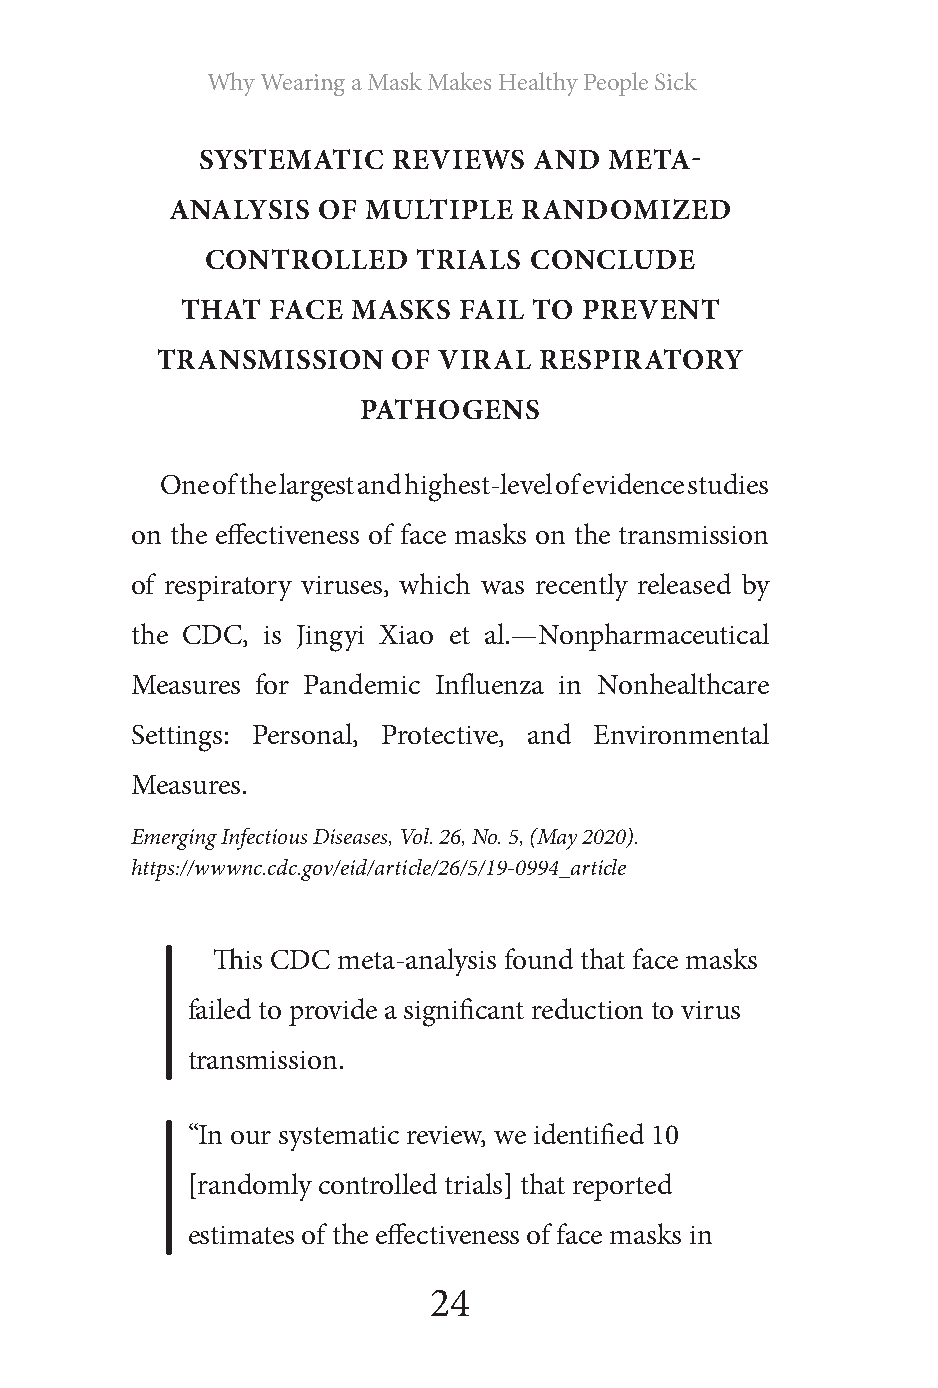
Why Wearing a Mask Makes Healthy People Sick
 SYSTEMATIC   REVIEWS  AND  META-
 ANALYSIS  OF MULTIPLE   RANDOMIZED
 CONTROLLED    TRIALS CONCLUDE
 THAT  FACE MASKS  FAIL TO  PREVENT
 TRANSMISSION    OF VIRAL  RESPIRATORY
 PATHOGENS
 One of the largest and highest-level of evidence studies
 on the effectiveness of face masks on the transmission
 of respiratory viruses, which was recently released by
 the CDC, is Jingyi Xiao et al.—Nonpharmaceutical
 Measures for Pandemic Influenza in Nonhealthcare
 Settings: Personal, Protective, and Environmental
 Measures.
 Emerging Infectious Diseases, Vol. 26, No. 5, (May 2020).
 https://wwwnc.cdc.gov/eid/article/26/5/19-0994_article
 This CDC meta-analysis found that face masks
 failed to provide a significant reduction to virus
 transmission.
 “In our systematic review, we identified 10
 [randomly controlled trials] that reported
 estimates of the effectiveness of face masks in
 24